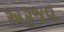
અરજવ